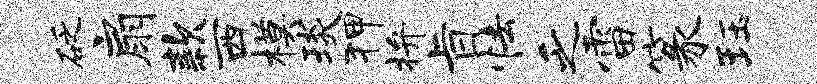
砭扇款西模琰狎拚旨怯乏雷篆珏